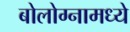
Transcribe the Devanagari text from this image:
बोलोग्नामध्ये